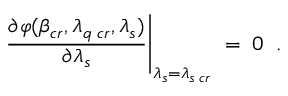
\left. \frac { \partial \varphi ( \beta _ { c r } , \lambda _ { q \; c r } , \lambda _ { s } ) } { \partial \lambda _ { s } } \right| _ { \lambda _ { s } = \lambda _ { s \; c r } } \; = \; 0 \; \; .